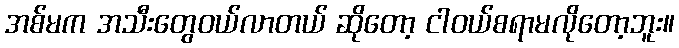
အစ်မက အသီးတွေဝယ်လာတယ် ဆိုတော့ ငါဝယ်စရာမလိုတော့ဘူး။